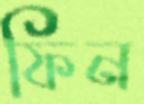
ফিন